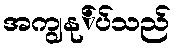
အကျွနု်ပ်သည်